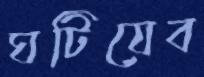
ঘটিয়েব